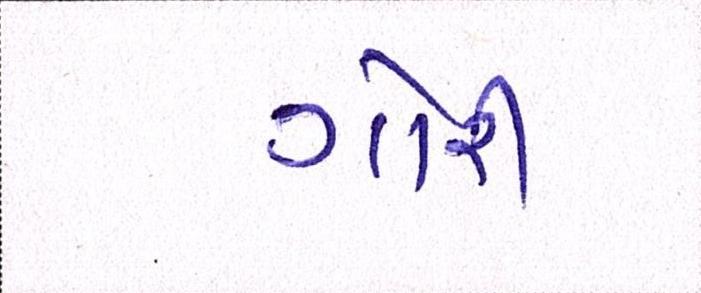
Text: ગોરી